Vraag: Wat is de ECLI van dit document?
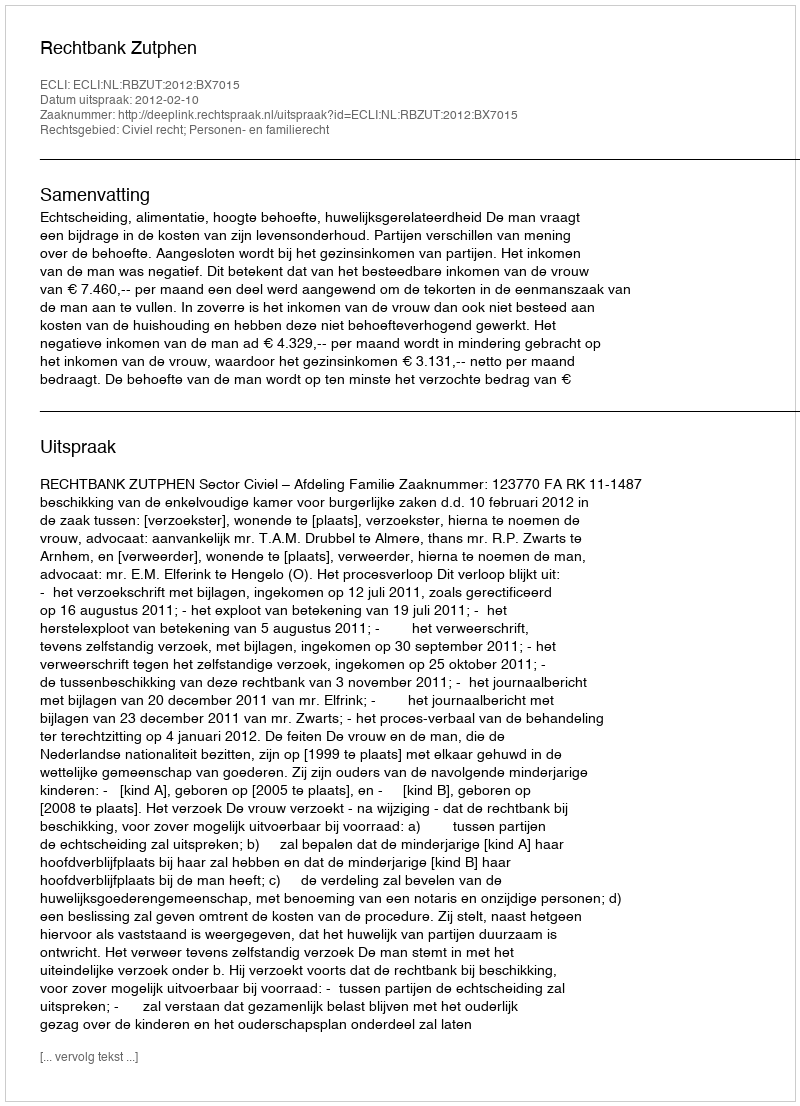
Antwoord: ECLI:NL:RBZUT:2012:BX7015